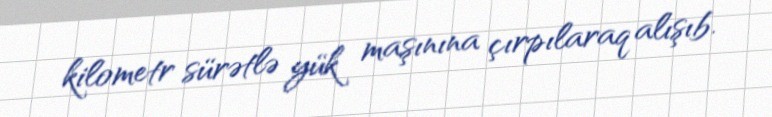
kilometr sürətlə yük maşınına çırpılaraq alışıb.